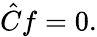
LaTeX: {\hat{C}}f=0.